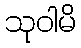
သုဝါမိ